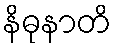
နိဓုနာတိ